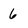
Character: 6